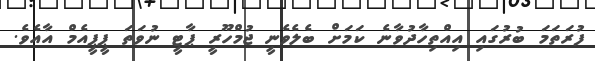
ފުރަތަމަ ބުރުގައި އިއްތިހާދުވާނެ ކަމަށް ބެލެވެނީ ޖުމްހޫރީ ޕާޓީ ނުވަތަ ޕީޕީއެމް އާއެވެ.